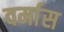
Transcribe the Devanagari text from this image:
वर्मास